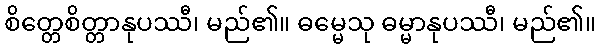
စိတ္တေစိတ္တာနုပဿီ၊ မည်၏။ ဓမ္မေသု ဓမ္မာနုပဿီ၊ မည်၏။